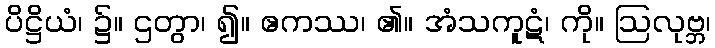
ပိဋ္ဌိယံ၊ ၌။ ဌတွာ၊ ၍။ ဧကဿ၊ ၏။ အံသကူဋံ၊ ကို။ ဩလုဗ္ဘ၊